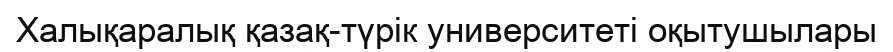
Халықаралық қазақ-түрік университеті оқытушылары